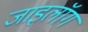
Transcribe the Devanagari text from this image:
जाइलॉग